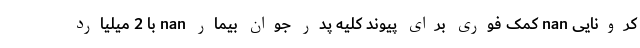
کرونایی nan کمک فوری برای پیوند کلیه پدر جوان بیمار nan با 2 میلیارد